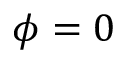
\phi = 0